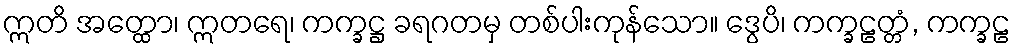
ဣတိ အတ္ထော၊ ဣတရေ၊ ကက္ခဋ္ဌ ခရဂတမှ တစ်ပါးကုန်သော။ ဒွေပိ၊ ကက္ခဠတ္တံ, ကက္ခဠ